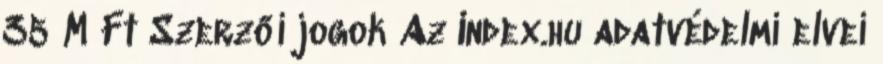
35 M Ft Szerzői jogok Az Index.hu adatvédelmi elvei